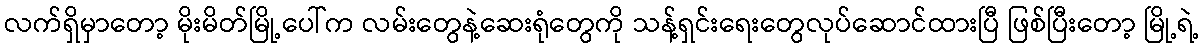
လက်ရှိမှာတော့ မိုးမိတ်မြို့ပေါ်က လမ်းတွေနဲ့ဆေးရုံတွေကို သန့်ရှင်းရေးတွေလုပ်ဆောင်ထားပြီ ဖြစ်ပြီးတော့ မြို့ရဲ့